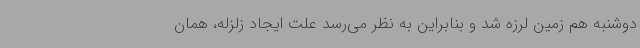
دوشنبه هم زمین لرزه شد و بنابراین به نظر می‌رسد علت ایجاد زلزله، همان